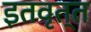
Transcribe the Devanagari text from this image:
इतवृत्त